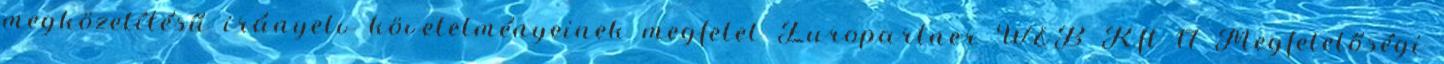
megközelítésű irányelv követelményeinek megfelel Europartner W&B Kft 17 Megfelelőségi